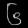
Digit: ၆